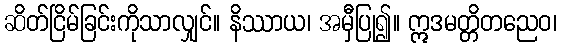
ဆိတ်ငြိမ်ခြင်းကိုသာလျှင်။ နိဿာယ၊ အမှီပြု၍။ ဣဒမတ္တိတညေဝ၊